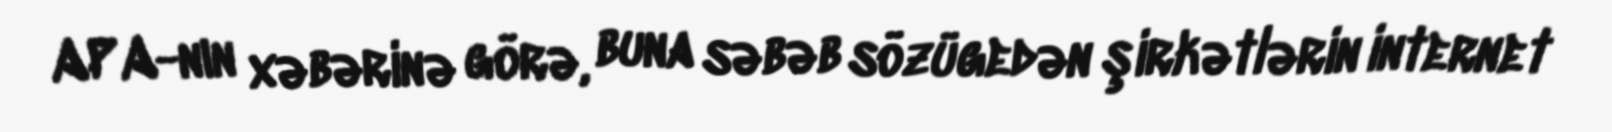
APA-nın xəbərinə görə, buna səbəb sözügedən şirkətlərin internet